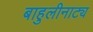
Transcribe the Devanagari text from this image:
बाहुलीनाट्य